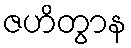
ဇဟိတွာန